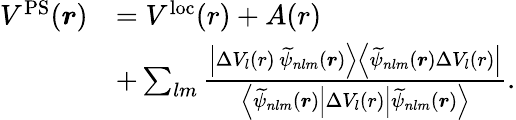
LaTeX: \begin{array}{rl}{V^{\mathrm{PS}}(\boldsymbol{r})}&{=V^{\mathrm{loc}}(r)+A(r)}\\ &{+\sum_{lm}\frac{\left.\left|\Delta V_{l}(r)\, \widetilde{\psi}_{nlm}(\boldsymbol{r})\right.\right>\left<\left.\widetilde{\psi}_{nlm}(\boldsymbol{r})\Delta V_{l}(r)\right|\right.}{\left<\left.\widetilde{\psi}_{nlm}(\boldsymbol{r})\right|\Delta V_{l}(r)\left|\widetilde{\psi}_{nlm}(\boldsymbol{r})\right.\right>}.}\end{array}